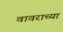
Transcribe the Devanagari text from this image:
वावराच्या